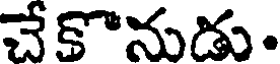
చేకొనుడు.